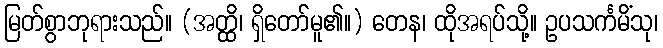
မြတ်စွာဘုရားသည်။ (အတ္ထိ၊ ရှိတော်မူ၏။) တေန၊ ထိုအရပ်သို့။ ဥပသင်္ကမိံသု၊